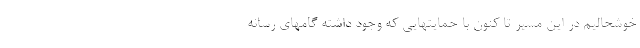
خوشحالیم در این مسیر تا کنون با حمایتهایی که وجود داشته گامهای رسانه